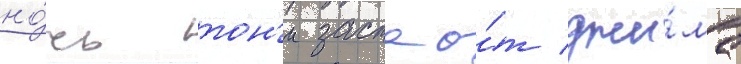
но́чь тон'и застао́т джи́ма